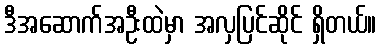
ဒီအဆောက်အဦးထဲမှာ အလှပြင်ဆိုင် ရှိတယ်။